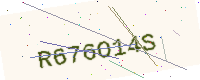
Text: R676O14S